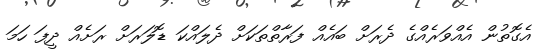
އެގޮތުން އެއްވަރެއްގެ ދެރަށް ބައެއް ފަރާތްތަކަށް ދެލައްކަ ޑޮލަރަށް ރަށެއް ދީފަ ހަމަ